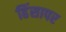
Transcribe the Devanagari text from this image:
हिंसापर